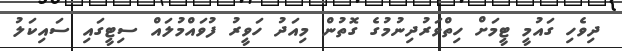
ދިވެހި ގައުމީ ޓީމަށް ހިތްވަރުދިނުމުގެ ގޮތުން މިއަދު ހަވީރު ފުވައްމުލައް ސިޓީގައި ސައިކަލު